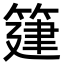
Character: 𥯦